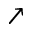
\nearrow